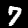
Digit: 7